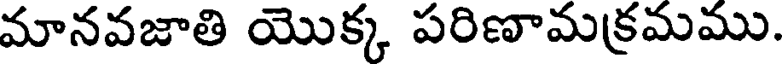
మానవజాతి యొక్క పరిణామక్రమము.